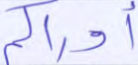
أدراكم